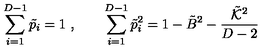
\sum _ { i = 1 } ^ { D - 1 } \tilde { p } _ { i } = 1 \ , \qquad \sum _ { i = 1 } ^ { D - 1 } \tilde { p } _ { i } ^ { 2 } = 1 - \tilde { B } ^ { 2 } - \frac { \tilde { { \cal K } } ^ { 2 } } { D - 2 }